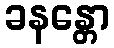
ခနန္တော